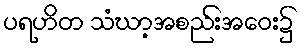
ပရဟိတ သံဃာ့အစည်းအဝေး၌